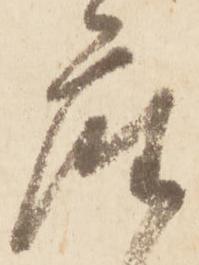
座